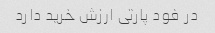
در فود پارتی ارزش خرید دارد